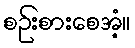
စဉ်းစားစေအံ့။